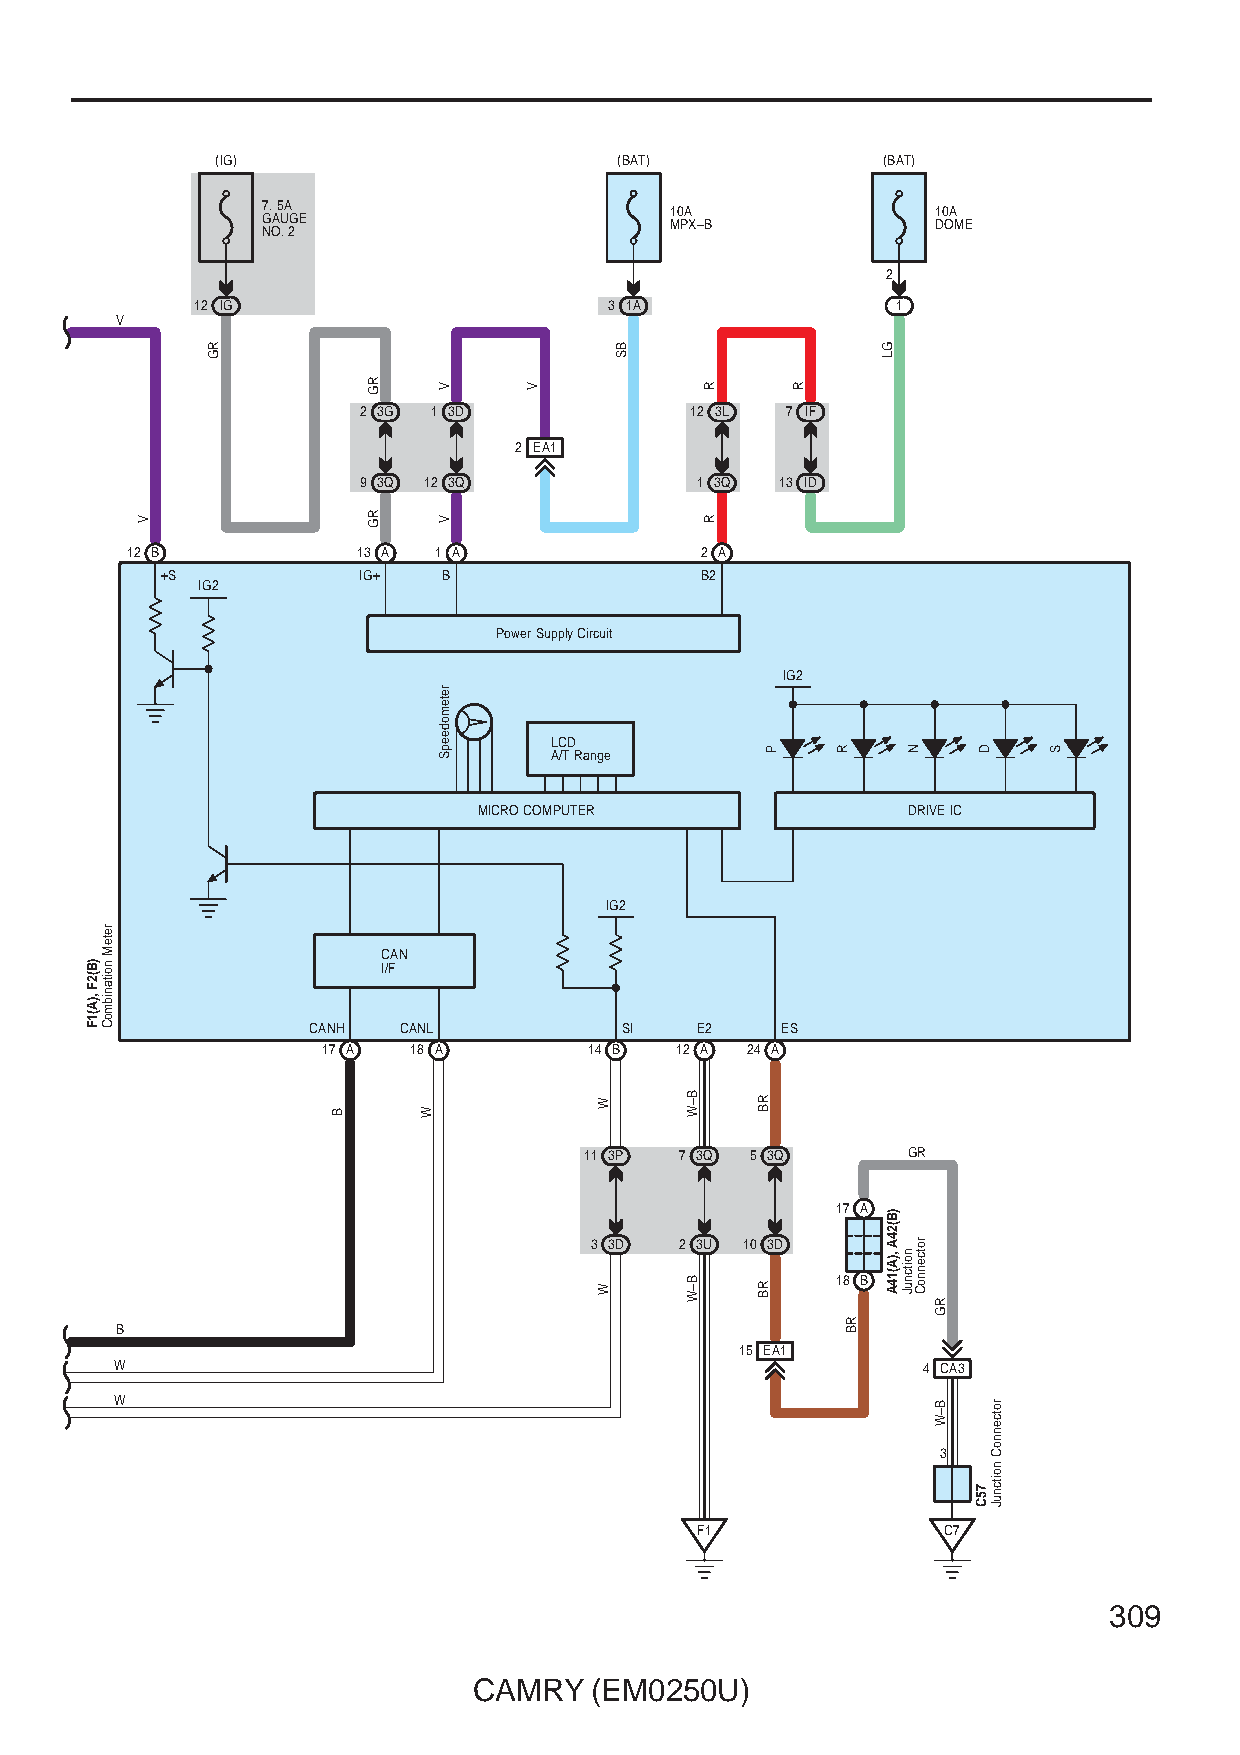
(IG)                       (BAT)            (BAT)
 7. 5A                      10A               10A
 GAUGE                      MPX–B             DOME
 NO. 2
 2
 12 IG                      3 1A               1
 V
 2 3G 1 3D             12 3L 7 IF
 2 EA1
 9 3Q 12 3Q            1 3Q  13 ID
 12 B            13 A 1 A              2 A
 +S           IG+  B                B2
 IG2
 Power Supply Circuit
 IG2
 LCD
 A/T Range
 MICRO COMPUTER              DRIVE IC
 IG2
 CAN
 I/F
 CANH  CANL           SI   E2    ES
 17 A  18 A        14 B  12 A 24 A
 11 3P 7 3Q 5 3Q      GR
 17 A
 3 3D  2 3U 10 3D
 18 B
 B
 15 EA1
 W                                                    4 CA3
 W
 3
 F1               C7
 309
 CAMRY   (EM0250U)
 )B(2F
 ,)A(1F
 reteM
 noitanibmoC
 V
 RG
 B
 RG
 RG
 W
 V
 V
 retemodeepS
 V
 W
 W
 BS
 B–W
 B–W
 R
 R
 RB
 RB
 P
 R
 R
 RB
 GL
 )B(24A
 ,)A(14A
 N
 noitcnuJ
 rotcennoC
 RG
 B–W
 D
 75C
 rotcennoC
 noitcnuJ
 S